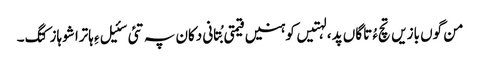
من گوں بازیں تچءُ تاگاں پد ، لہتیں کوہنیں قیمتی بُتانی دکان پہ تئی سئیل ءِ ہاترا شوہاز کتگ۔